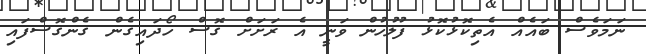
ނަމަވެސް ބައެއް އެތިކޮޅުކޮޅު ފުލުހުން ވަނީ އެ ރަށަށް ގޮސް ހޯދައިގެން ގެންގޮސްފައި